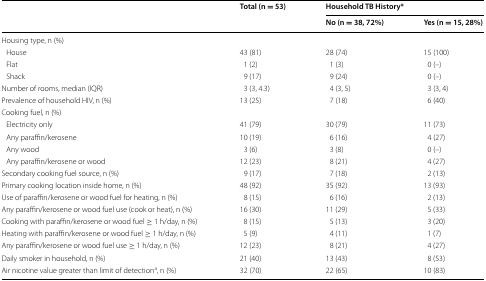
<table><thead><tr><td rowspan="2"></td><td rowspan="2"><b>Total (n = 53)</b></td><td colspan="2"><b>Household TB History*</b></td></tr><tr><td><b>No (n = 38, 72%)</b></td><td><b>Yes (n = 15, 28%)</b></td></tr></thead><tbody><tr><td colspan="4">Housing type, n (%)</td></tr><tr><td> House</td><td>43 (81)</td><td>28 (74)</td><td>15 (100)</td></tr><tr><td> Flat</td><td>1 (2)</td><td>1 (3)</td><td>0 (–)</td></tr><tr><td> Shack</td><td>9 (17)</td><td>9 (24)</td><td>0 (–)</td></tr><tr><td>Number of rooms, median (IQR)</td><td>3 (3, 4.3)</td><td>4 (3, 5)</td><td>3 (3, 4)</td></tr><tr><td>Prevalence of household HIV, n (%)</td><td>13 (25)</td><td>7 (18)</td><td>6 (40)</td></tr><tr><td colspan="4">Cooking fuel, n (%)</td></tr><tr><td> Electricity only</td><td>41 (79)</td><td>30 (79)</td><td>11 (73)</td></tr><tr><td> Any paraffin/kerosene</td><td>10 (19)</td><td>6 (16)</td><td>4 (27)</td></tr><tr><td> Any wood</td><td>3 (6)</td><td>3 (8)</td><td>0 (–)</td></tr><tr><td> Any paraffin/kerosene or wood</td><td>12 (23)</td><td>8 (21)</td><td>4 (27)</td></tr><tr><td>Secondary cooking fuel source, n (%)</td><td>9 (17)</td><td>7 (18)</td><td>2 (13)</td></tr><tr><td>Primary cooking location inside home, n (%)</td><td>48 (92)</td><td>35 (92)</td><td>13 (93)</td></tr><tr><td>Use of paraffin/kerosene or wood fuel for heating, n (%)</td><td>8 (15)</td><td>6 (16)</td><td>2 (13)</td></tr><tr><td>Any paraffin/kerosene or wood fuel use (cook or heat), n (%)</td><td>16 (30)</td><td>11 (29)</td><td>5 (33)</td></tr><tr><td>Cooking with paraffin/kerosene or wood fuel ≥ 1 h/day, n (%)</td><td>8 (15)</td><td>5 (13)</td><td>3 (20)</td></tr><tr><td>Heating with paraffin/kerosene or wood fuel ≥ 1 h/day, n (%)</td><td>5 (9)</td><td>4 (11)</td><td>1 (7)</td></tr><tr><td>Any paraffin/kerosene or wood fuel use ≥ 1 h/day, n (%)</td><td>12 (23)</td><td>8 (21)</td><td>4 (27)</td></tr><tr><td>Daily smoker in household, n (%)</td><td>21 (40)</td><td>13 (43)</td><td>8 (53)</td></tr><tr><td>Air nicotine value greater than limit of detection<sup>a</sup>, n (%)</td><td>32 (70)</td><td>22 (65)</td><td>10 (83)</td></tr></tbody></table>